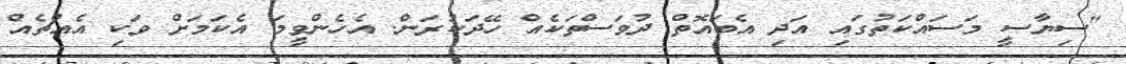
"ސިޔާސީ މަސައްކަތުގައި އަދި އެބައޮތް ދުވަސްތަކެއް ހޭދަކުރަން. އެހެންވީމަ އެކަމަށް ވަކި އެއްޗެއް